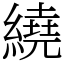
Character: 繞